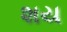
શય